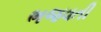
ભજવતી